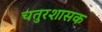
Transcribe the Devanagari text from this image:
चतुरशासक